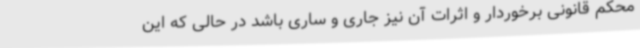
محکم قانونی برخوردار و اثرات آن نیز جاری و ساری باشد در حالی که این